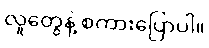
လူတွေနဲ့ စကားပြောပါ။